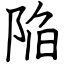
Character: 陥